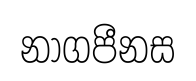
නාගපීනස